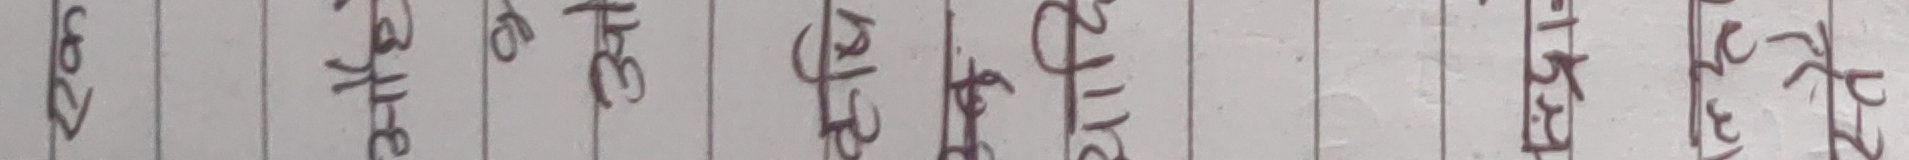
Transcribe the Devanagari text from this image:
खसुरभचतलअद